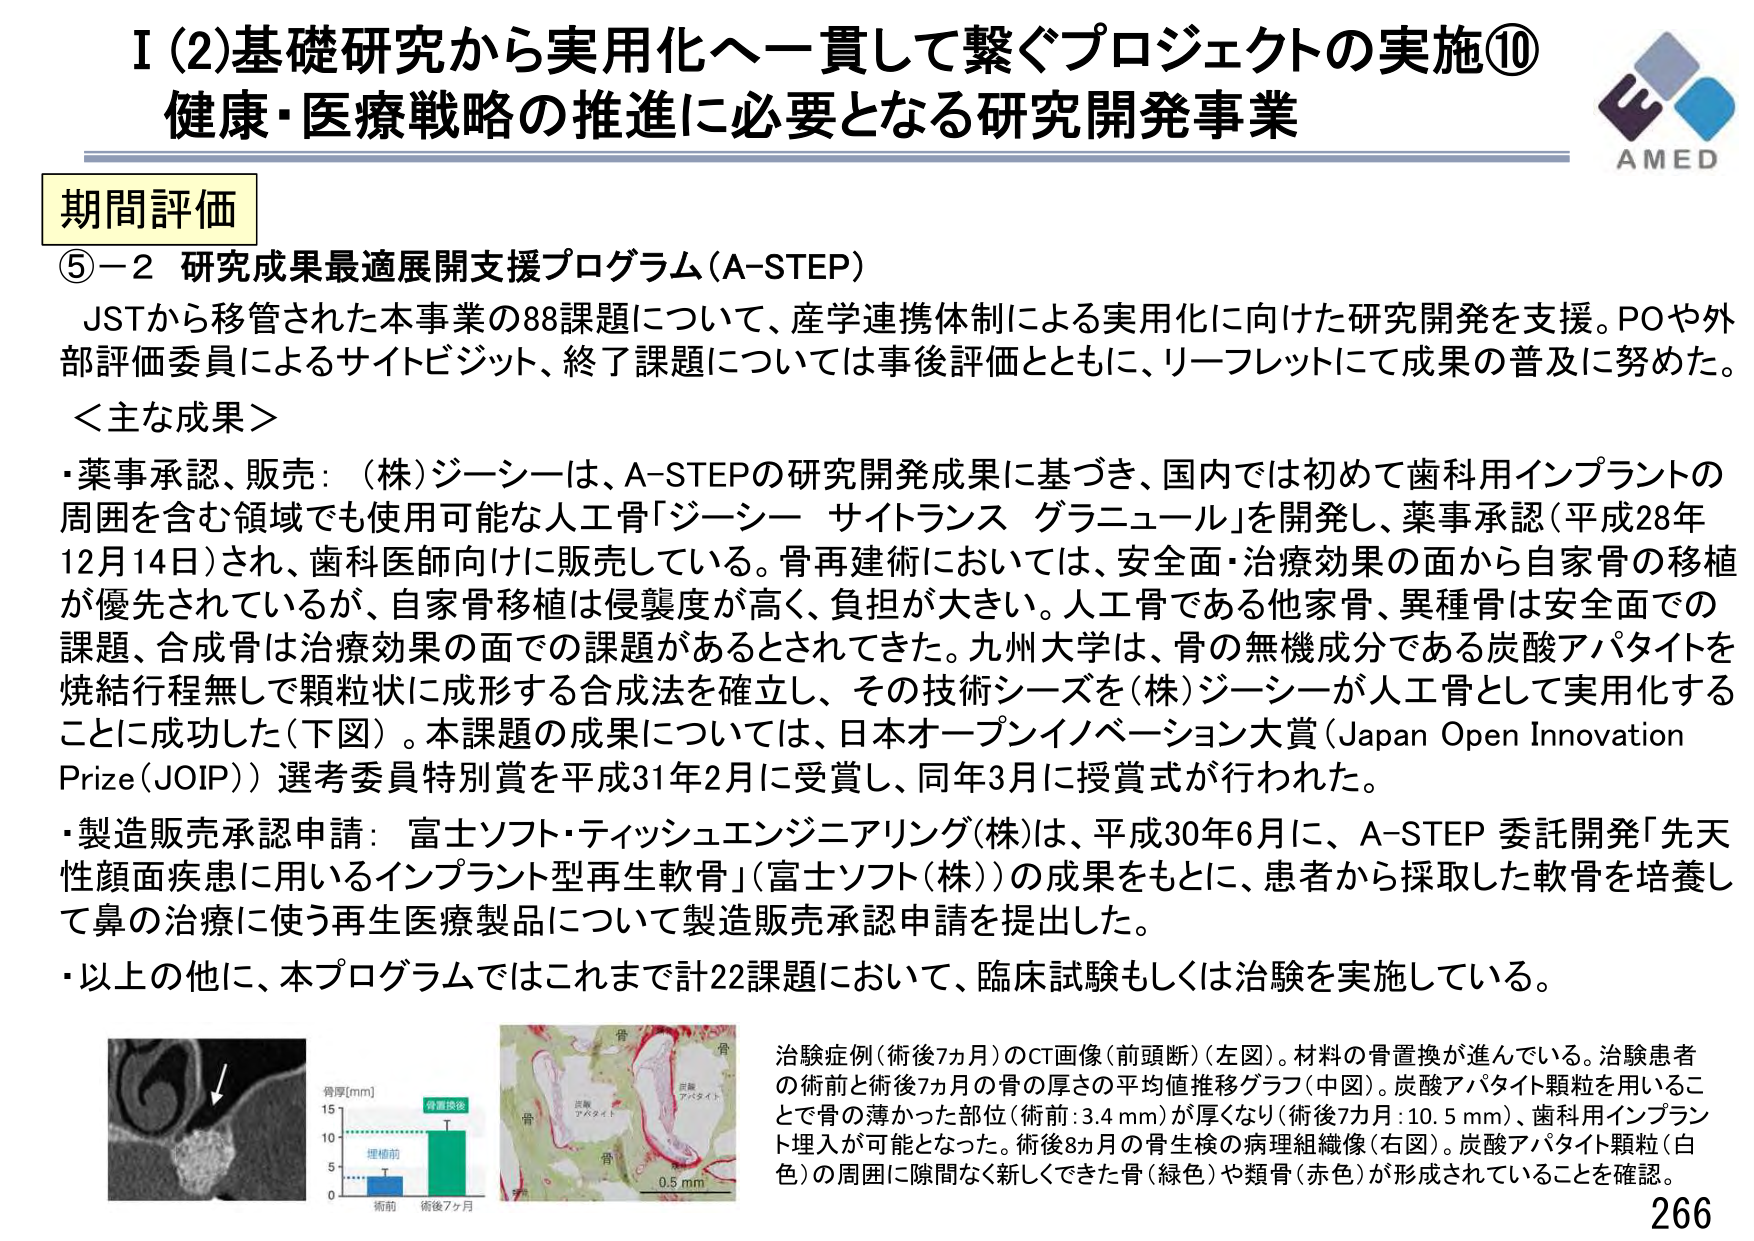
I (2) 基礎研究から実用化へ一貫して繋ぐプロジェクトの実施⑩
健康・医療戦略の推進に必要となる研究開発事業

期間評価

⑤－2 研究成果最適展開支援プログラム（A-STEP）
JSTから移管された本事業の88課題について、産学連携体制による実用化に向けた研究開発を支援。POや外部評価委員によるサイトビジット、終了課題については事後評価とともに、リーフレットにて成果の普及に努めた。

＜主な成果＞
・薬事承認、販売：（株）ジーシーは、A-STEPの研究開発成果に基づき、国内では初めて歯科用インプラントの周囲を含む領域でも使用可能な人工骨「ジーシー サイトランス グラニュール」を開発し、薬事承認（平成28年12月14日）され、歯科医師向けに販売している。骨再建術においては、安全面・治療効果の面から自家骨の移植が優先されているが、自家骨移植は侵襲度が高く、負担が大きい。人工骨である他家骨、異種骨は安全面での課題、合成骨は治療効果の面での課題があるとされてきた。九州大学は、骨の無機成分である炭酸アパタイトを焼結行程無しで顆粒状に成形する合成法を確立し、その技術シーズを（株）ジーシーが人工骨として実用化することに成功した（下図）。本課題の成果については、日本オープンイノベーション大賞（Japan Open Innovation Prize（JOIP））選考委員特別賞を平成31年2月に受賞し、同年3月に授賞式が行われた。
・製造販売承認申請：富士ソフト・ティッシュエンジニアリング（株）は、平成30年6月に、A-STEP 委託開発「先天性顔面疾患に用いるインプラント型再生軟骨」（富士ソフト（株））の成果をもとに、患者から採取した軟骨を培養して鼻の治療に使う再生医療製品について製造販売承認申請を提出した。
・以上の他に、本プログラムではこれまで計22課題において、臨床試験もしくは治験を実施している。

治験症例（術後7か月）のCT画像（前頭断）（左図）。材料の骨置換が進んでいる。治験患者の術前と術後7か月の骨の厚さの平均値推移グラフ（中図）。炭酸アパタイト顆粒を用いることで骨の薄かった部位（術前：3.4 mm）が厚くなり（術後7か月：10.5 mm）、歯科用インプラント埋入が可能となった。術後8か月の骨生検の病理組織像（右図）。炭酸アパタイト顆粒（白色）の周囲に隙間なく新しくできた骨（緑色）や類骨（赤色）が形成されていることを確認。

骨厚[mm]
15
10
5
0
術前 術後7か月
骨置換後
埋植前

骨
炭酸アパタイト
骨
0.5 mm

AMED
266